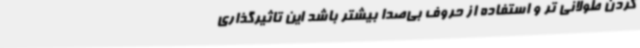
کردن طولانی تر و استفاده از حروف بی‌صدا بیشتر باشد این تاثیرگذاری